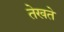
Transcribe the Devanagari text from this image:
तेखते